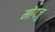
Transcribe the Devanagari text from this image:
मोंगजु